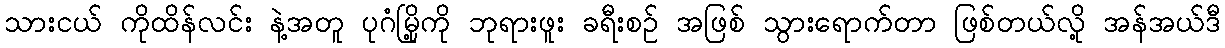
သားငယ် ကိုထိန်လင်း နဲ့အတူ ပုဂံမြို့ကို ဘုရားဖူး ခရီးစဉ် အဖြစ် သွားရောက်တာ ဖြစ်တယ်လို့ အန်အယ်ဒီ